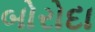
બોરોદા